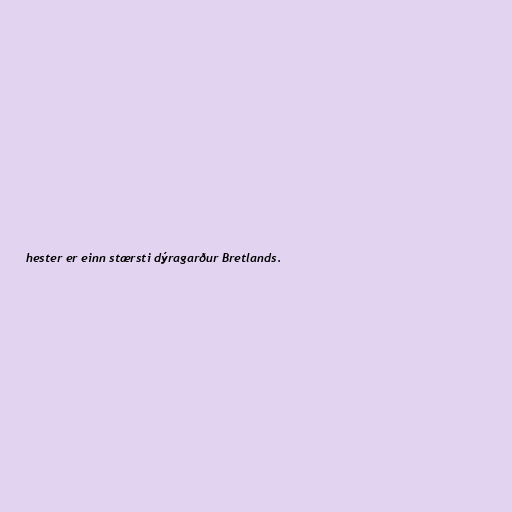
hester er einn stærsti dýragarður Bretlands.